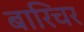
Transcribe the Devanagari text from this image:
बारिचर